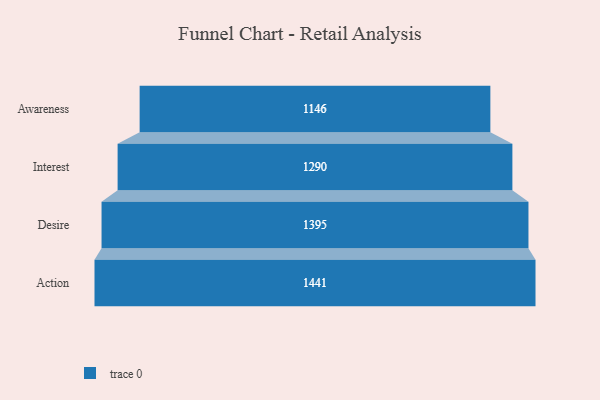
{"axis": {"x": "Stage", "y": "Value"}, "legend": [""], "data": [{"x": "Awareness", "y": 1146.0, "type": ""}, {"x": "Interest", "y": 1290.0, "type": ""}, {"x": "Desire", "y": 1395.0, "type": ""}, {"x": "Action", "y": 1441.0, "type": ""}]}